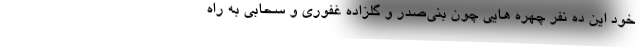
خود این ده نفر چهره هایی چون بنی‌صدر و گلزاده غفوری و سحابی به راه